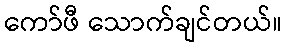
ကော်ဖီ သောက်ချင်တယ်။